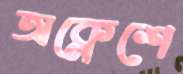
অক্লেশে